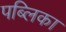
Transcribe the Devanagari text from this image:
पब्लिका